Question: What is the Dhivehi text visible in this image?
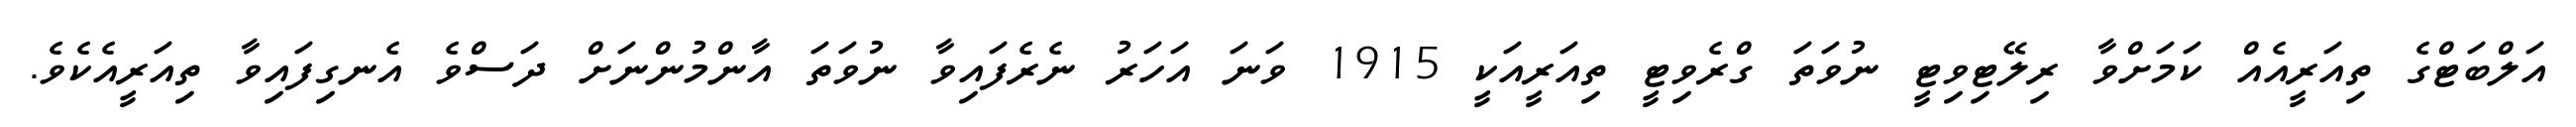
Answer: އަލްބަޓްގެ ތިއަރީއެއް ކަމަށްވާ ރިލޭޓިވިޓީ ނުވަތަ ގްރެވިޓީ ތިއަރީއަކީ 1915 ވަނަ އަހަރު ނެރެފައިވާ ނުވަތަ އާންމުންނަށް ދަސްވެ އެނގިފައިވާ ތިއަރީއެކެވެ.